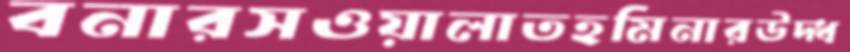
বনারসওয়ালাতহমিনারউদ্ধ